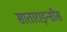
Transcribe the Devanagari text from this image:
साताराइन्सीस